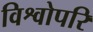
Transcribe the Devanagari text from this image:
विश्वोपरि